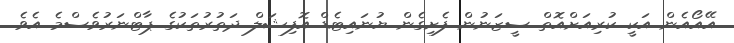
އޭއޯއެން އަކީ ކުރިއަށްއޮތް ސީޒަނުން ފެށިގެން ޔުނައިޓެޑް އޮފިޝަލް ދަތުރުތަކުގެ ޕާޓްނަރުވެސްމެ އެވެ.